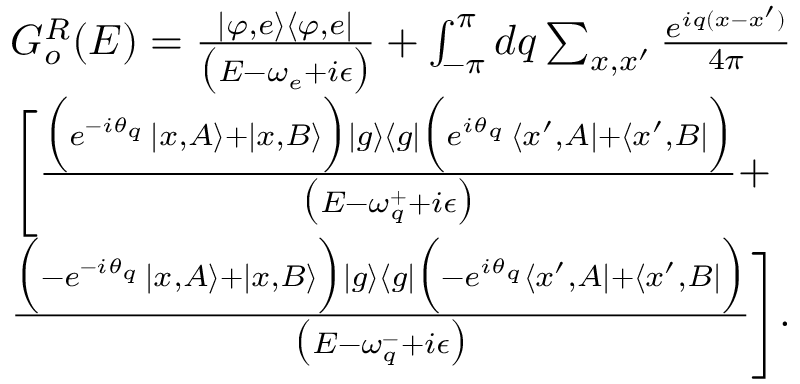
\begin{array} { r l } & { G _ { o } ^ { R } ( E ) = \frac { | \varphi , e \rangle \langle \varphi , e | } { \big ( E - \omega _ { e } + i \epsilon \big ) } + \int _ { - \pi } ^ { \pi } d q \sum _ { x , x ^ { \prime } } \frac { e ^ { i q ( x - x ^ { \prime } ) } } { 4 \pi } } \\ & { \Bigg [ \frac { \Big ( e ^ { - i \theta _ { q } } \, | x , A \rangle + | x , B \rangle \Big ) | g \rangle \langle g | \Big ( e ^ { i \theta _ { q } } \, \langle x ^ { \prime } , A | + \langle x ^ { \prime } , B | \Big ) } { \big ( E - \omega _ { q } ^ { + } + i \epsilon \big ) } + } \\ & { \frac { \Big ( - e ^ { - i \theta _ { q } } \, | x , A \rangle + | x , B \rangle \Big ) | g \rangle \langle g | \Big ( - e ^ { i \theta _ { q } } \langle x ^ { \prime } , A | + \langle x ^ { \prime } , B | \Big ) } { \big ( E - \omega _ { q } ^ { - } + i \epsilon \big ) } \Bigg ] . } \end{array}